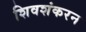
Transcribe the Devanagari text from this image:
शिवशंकरन